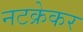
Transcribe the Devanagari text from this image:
नटक्रेकर